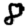
Digit: 8